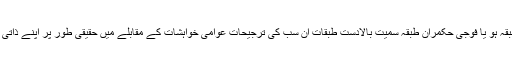
پاکستان کا حکمران سیاسی طبقہ ہو یا فوجی حکمران طبقہ سمیت بالادست طبقات ان سب کی ترجیحات عوامی خواہشات کے مقابلے میں حقیقی طور پر اپنے ذاتی مفادات کی سیاست ہوتی ہے۔